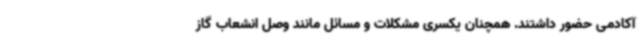
آکادمی حضور داشتند. همچنان یکسری مشکلات و مسائل مانند وصل انشعاب گاز